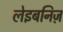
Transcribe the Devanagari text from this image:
लेइबनिज़